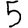
Digit: 5